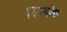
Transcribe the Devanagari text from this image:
।उसके